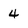
Character: 4